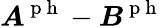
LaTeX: \boldsymbol{A}^{\mathrm{~p~h~}}-\boldsymbol{B}^{\mathrm{~p~h~}}